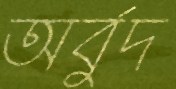
অর্বুদ